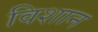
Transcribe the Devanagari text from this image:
विशान